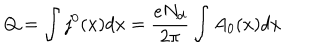
Q = \int j ^ { 0 } ( x ) d x = \frac { e N _ { d } } { 2 \pi } \int A _ { 0 } ( x ) d x